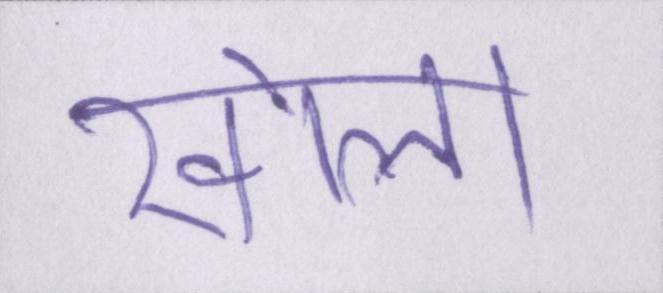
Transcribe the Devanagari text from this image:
खोला